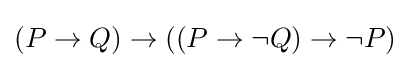
(P\to Q)\to ((P\to \lnot Q)\to \lnot P)